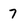
Character: 7